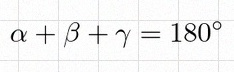
\alpha+\beta+\gamma=180^\circ